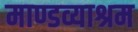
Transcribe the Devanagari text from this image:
माण्डव्याश्रम